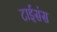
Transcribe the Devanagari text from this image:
टाईसंस